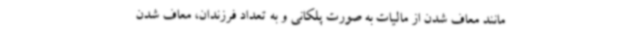
مانند معاف شدن از مالیات به صورت پلکانی و به تعداد فرزندان، معاف شدن